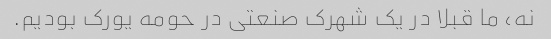
نه، ما قبلا در یک شهرک صنعتی در حومه یورک بودیم.